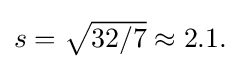
{\textstyle s={\sqrt {32/7}}\approx 2.1.}